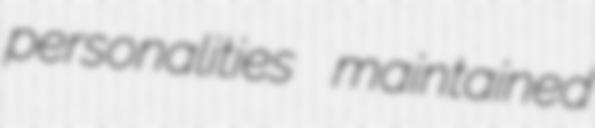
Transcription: personalities maintained